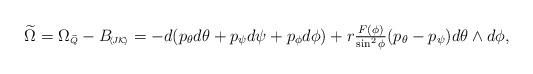
LaTeX: \begin{align*}\widetilde \Omega = \Omega_{\mbox{\tiny{$\widetilde{Q}$}}} - B_{\mbox{\tiny{$\!\langle\! J\mathcal{K}\!\rangle$}}} = -d(p_\theta d\theta+p_\psi d\psi + p_\phi d\phi) + r\tfrac{F(\phi)}{\sin^2\phi}(p_\theta-p_\psi) d\theta\wedge d\phi,\end{align*}